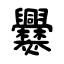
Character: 爨